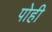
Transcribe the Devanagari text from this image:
पोही